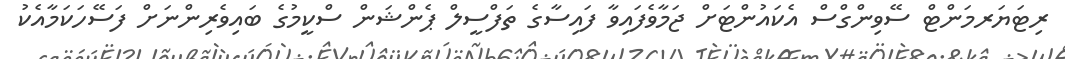
ރިޓަޔަރމަންޓް ސޭވިންގްސް އެކައުންޓަށް ޖަމާވެފައިވާ ފައިސާގެ ތަފްސީލް ޕެންޝަން ސްކީމުގެ ބައިވެރިންނަށް ފަސޭހަކަމާއެކު